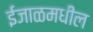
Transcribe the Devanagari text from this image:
ईजाळमधील